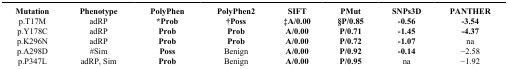
<table><thead><tr><td><b>Mutation</b></td><td><b>Phenotype</b></td><td><b>PolyPhen</b></td><td><b>PolyPhen2</b></td><td><b>SIFT</b></td><td><b>PMut</b></td><td><b>SNPs3D</b></td><td><b>PANTHER</b></td></tr></thead><tbody><tr><td>p.T17M</td><td>adRP</td><td><b>*Prob</b></td><td><b>†Poss</b></td><td><b>‡A/0.00</b></td><td><b>§P/0.85</b></td><td><b>-0.56</b></td><td><b>-3.54</b></td></tr><tr><td>p.Y178C</td><td>adRP</td><td><b>Prob</b></td><td><b>Prob</b></td><td><b>A/0.00</b></td><td><b>P/0.71</b></td><td><b>-1.45</b></td><td><b>-4.37</b></td></tr><tr><td>p.K296N</td><td>adRP</td><td><b>Prob</b></td><td><b>Prob</b></td><td><b>A/0.00</b></td><td><b>P/0.72</b></td><td><b>-1.07</b></td><td>na</td></tr><tr><td>p.A298D</td><td>#Sim</td><td><b>Poss</b></td><td>Benign</td><td><b>A/0.00</b></td><td><b>P/0.92</b></td><td><b>-0.14</b></td><td>−2.58</td></tr><tr><td>p.P347L</td><td>adRP, Sim</td><td><b>Prob</b></td><td>Benign</td><td><b>A/0.00</b></td><td><b>P/0.95</b></td><td>na</td><td>−1.92</td></tr></tbody></table>